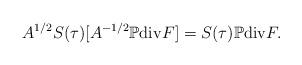
LaTeX: \begin{align*} A^{1/2} S(\tau)[A^{-1/2}\mathbb P {\rm div} F] = S(\tau){\mathbb P}{\rm div} F. \end{align*}